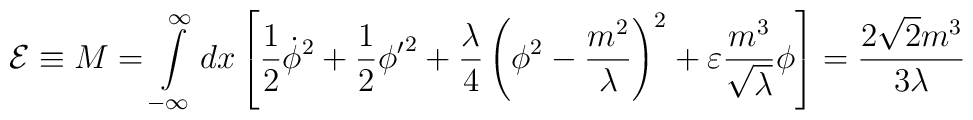
{\cal E}  \equiv M = \int\limits_{-\infty}^{\infty} dx \left[  \frac{1}{2} {\dot {\phi}}^2 + \frac{1}{2}{{\phi}'}^2 + \frac{\lambda}{4} \left(\phi ^2 - \frac{m^2}{\lambda}\right)^2 + \varepsilon  \frac {m^3}{\sqrt  \lambda} \phi \right]= \frac {2 {\sqrt 2} m^3 } { 3 \lambda}